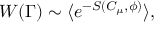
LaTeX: W ( \Gamma ) \sim \langle e ^ { - S ( C _ { \mu } , \phi ) } \rangle ,